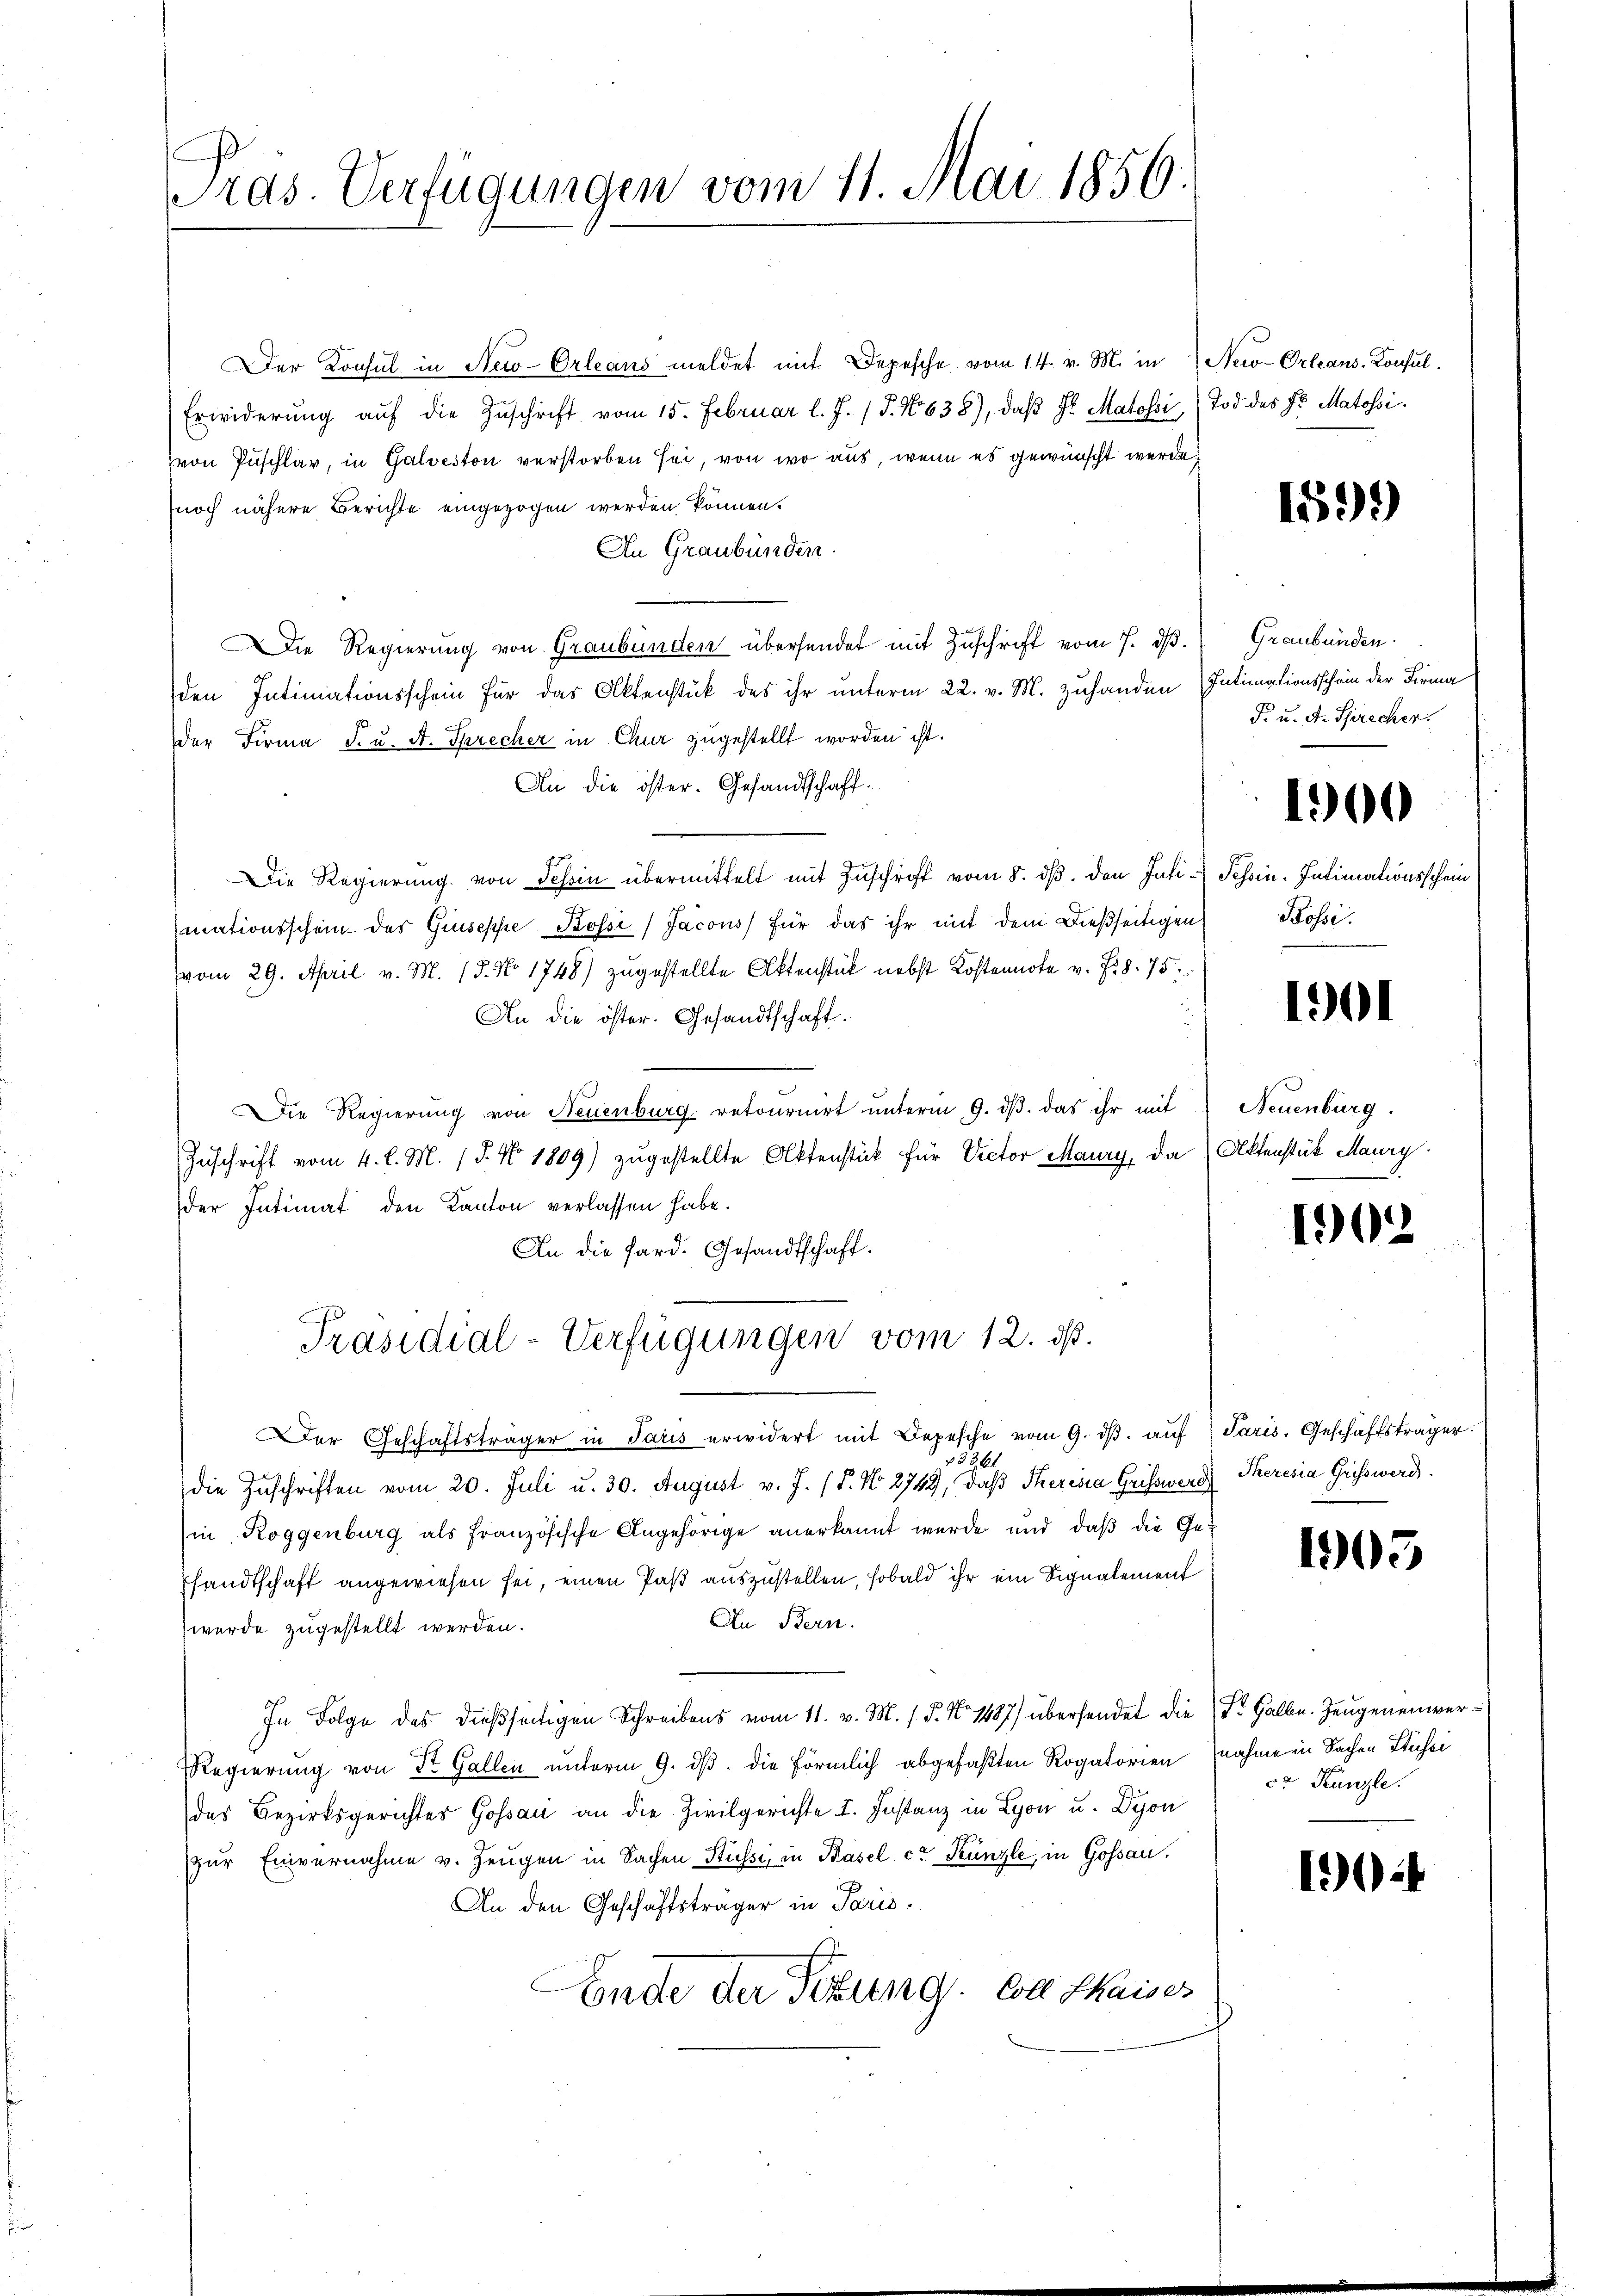
Pras. Verfügungen vom 11. Mai 1856

Der Konsul in New-Orleans meldet mit Depesche vom 14. v. M. in New-Orleans-Konsul
Erwiderŭng aŭf die Zŭschrift vom 15. Februar l. J. J. No 638), daβ Fr Matossi, (Tod des Fr. Matossi
(von Puschlar, in Galveston verstorben sei, von wo aus, wenn es gewünscht werde
noch nähere Berichte eingezogen werden können.
An Graubünden.
Die Regierung von Graubünden übersendet mit Zuschrift vom 7. d.
den Intimationsschein für das Aktenstück des ihr unterm 22. v. M. zuhanden Intimationsschein der Firma
der Firma J. u. A. Sprecher in Chur zugestellt worden ist.
An die öster. Gesandtschaft.
Die Regierung von Tessin übermittelt mit Zuschrift vom 8. ds. den Inti- Tessin. Intimationsschein
mationsschein des Giuseppe Kossi) Jacous) für das ihr mit dem dießseitigen
vom 29. April v. M. 15. No 1748) zugestellte Aktenstück nebst Kostennote v. Fr. 8. 75.
An die öster. Gesandtschaft.
DDie Regierung von Neuenburg retournirt unterm 9. ds. das ihr mit
Zuschrift vom 4. l. M. (T. No 1809) zugestellte Aktenstück für Victor Maury, da Aktenstück Haury
der Intimat den Kanton verlassen habe.
An die Sard. Gesandtschaft.
Präsidial-Verfügungen vom 12. ds.
e
er Geschäftsträger in Paris erwidert mit Depesche vom 9. dβ aŭf  Paris. Geschäftsträger.
3361
die Zuschriften vom 20. Juli u. 30. August v. J. (T. N. 2749, daβ Theresia Greifswerg Theresia Griss werd
in Roggenburg als französische Angehörige anerkannt wurde und daß die Ge¬
Pfandtschaft angewiesen sei, einen Paß auszustellen, sobald ihr ein Signalement
An Bern.
wurde zugestellt werden.
In Folge des dießseitigen Schreibens vom 11. v. M. / 5. No 1487) übersendet die Fr. Halbe Zeugeneinver¬
Regierung von St. Gallen unterm 9. ds. die förmlich abgefaßten Rogatorien nahme in Sachen Stuhei
des Bezirksgerichter Gossau an die Zivilgerichte I. Instanz in Lyon u. Dyon
zur Einvernahme v. Zeugen in Sachen Stüsse, in Basel cr Künzle, in Gossau.
An den Geschäftsträger in Paris.
Ende der Sitzung. Carl Kaiser

1599)

Graubünden.
F. u. A. Sprecher.

1900

Possi.

1901

Neuenburg.

1902

1905

cr Kanzle

1904